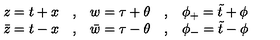
\begin{array} { l c l c l } { z = t + x } & { , } & { w = \tau + \theta } & { , } & { \phi _ { + } = \tilde { t } + \phi } \\ { \bar { z } = t - x } & { , } & { \bar { w } = \tau - \theta } & { , } & { \phi _ { - } = \tilde { t } - \phi } \\ \end{array}